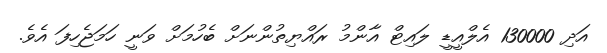
އަދި 130000 އެލްއީޑީ ލައިޓް އާންމު ރައްޔިތުންނަށް ބެހުމަށް ވަނީ ހަމަޖެހިފަ އެވެ.